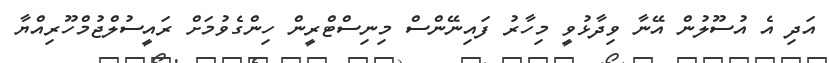
އަދި އެ އުސޫލުން އޭނާ ވިދާޅުވީ މިހާރު ފައިނޭންސް މިނިސްޓްރީން ހިންގެވުމަށް ރައީސުލްޖުމްހޫރިއްޔާ